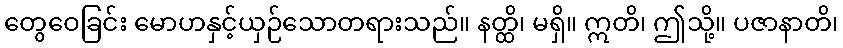
တွေဝေခြင်း မောဟနှင့်ယှဉ်သောတရားသည်။ နတ္ထိ၊ မရှိ။ ဣတိ၊ ဤသို့။ ပဇာနာတိ၊